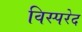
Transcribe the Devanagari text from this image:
विस्परेद